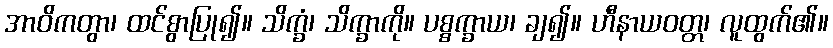
အာဝိကတွာ၊ ထင်စွာပြု၍။ သိက္ခံ၊ သိက္ခာကို။ ပစ္စက္ခာယ၊ ချ၍။ ဟီနာယဝတ္တ၊ လူထွက်၏။